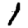
Digit: 1